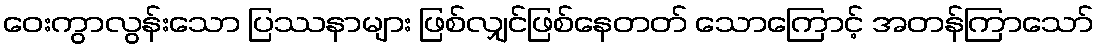
ဝေးကွာလွန်းသော ပြဿနာများ ဖြစ်လျှင်ဖြစ်နေတတ် သောကြောင့် အတန်ကြာသော်